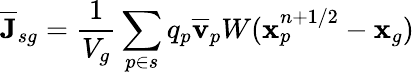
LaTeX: \overline{{\mathbf{J}}}_{sg}=\frac{1}{V_{g}}\sum_{p\in s}q_{p}\overline{{\mathbf{v}}}_{p}W(\mathbf{x}_{p}^{n+1/2}-\mathbf{x}_{g})